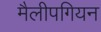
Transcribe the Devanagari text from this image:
मैलीपगियन